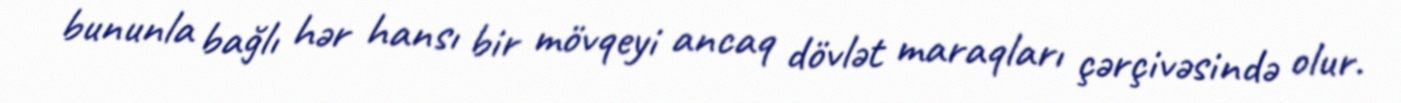
bununla bağlı hər hansı bir mövqeyi ancaq dövlət maraqları çərçivəsində olur.